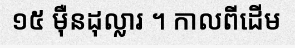
១៥ ម៉ឺនដុល្លារ ។ កាលពីដើម